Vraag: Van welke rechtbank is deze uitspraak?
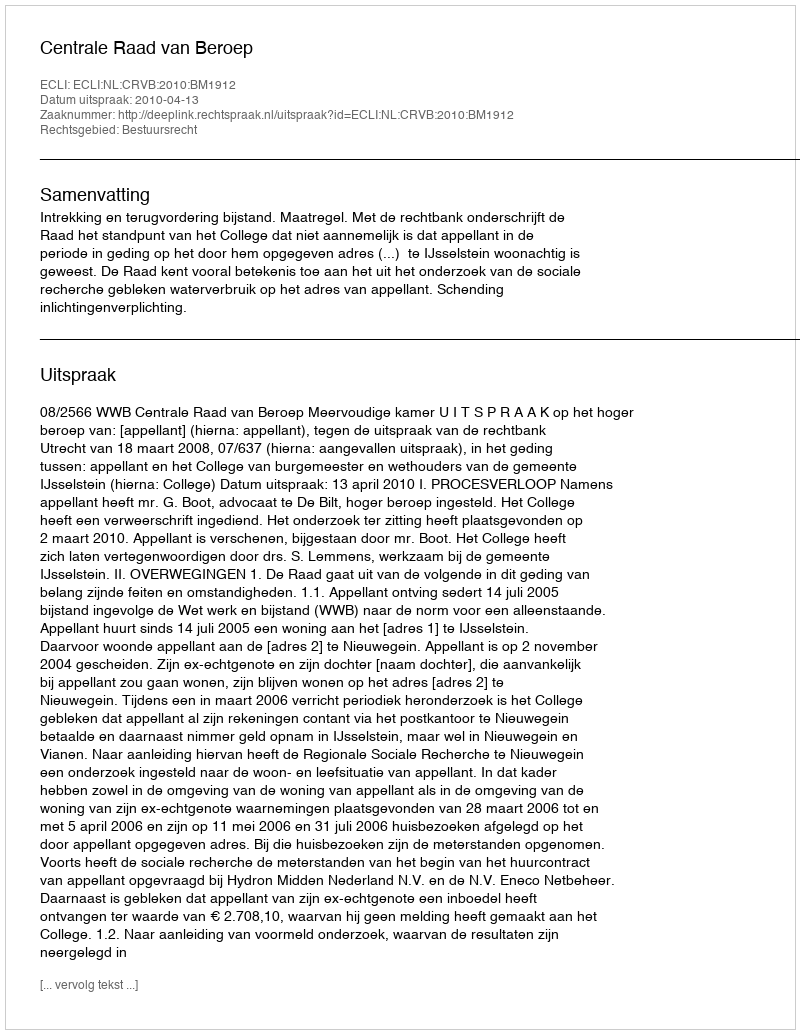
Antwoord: Centrale Raad van Beroep